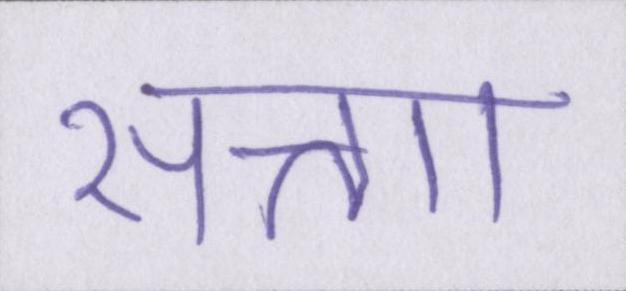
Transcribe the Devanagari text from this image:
सत्ताा